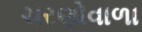
ચરણોવાળા